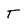
Character: T